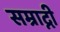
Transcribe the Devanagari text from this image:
सम्राद्नी